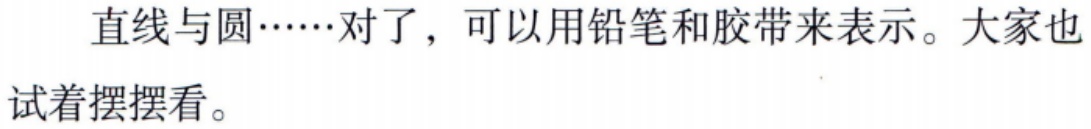
直线与圆……对了，可以用铅笔和胶带来表示。大家也试着摆摆看。